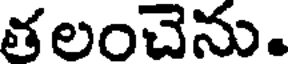
తలంచెను.